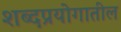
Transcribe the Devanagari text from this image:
शब्दप्रयोगातील